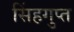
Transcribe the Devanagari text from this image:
सिंहगुप्त